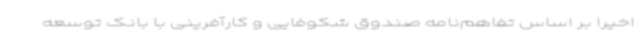
اخیراً بر اساس تفاهم‌نامه صندوق شکوفایی و کارآفرینی با بانک توسعه